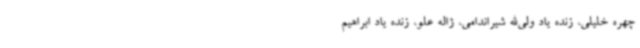
چهره خلیلی، زنده یاد ولی‌الله شیراندامی، ژاله علو، زنده یاد ابراهیم‌